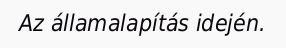
Az államalapítás idején.